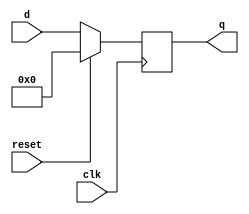
module top_module (
    input clk,
    input reset,            // Synchronous reset
    input [7:0] d,
    output [7:0] q
);
    always @(posedge clk)begin
        if(!reset)
            q<=d;
        else
            q<='0;
    end
      
endmodule